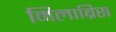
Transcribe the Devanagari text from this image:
मिलाब्रिस